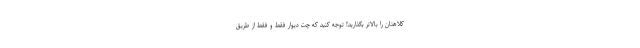
کلاهتان را بالاتر بگذارید! توجه کنید که چت دیوار فقط و فقط از طریق